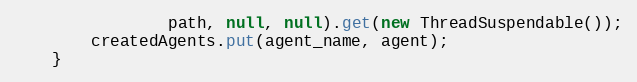
Language: Java
                path, null, null).get(new ThreadSuspendable());
        createdAgents.put(agent_name, agent);
    }